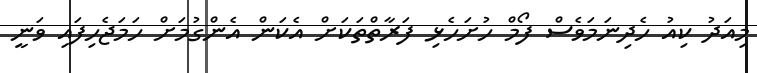
މިއަދު ކިއު ހެދިނަމަވެސް ފޯމް ހުށަހެޅި ފަރާތްތަކަަށް އެކަން އެންގުމަށް ހަމަޖެހިފައި ވަނީ